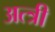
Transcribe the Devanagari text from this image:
अत्त्री